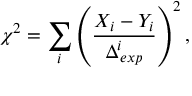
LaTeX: \chi ^ { 2 } = \sum _ { i } \left( \frac { X _ { i } - Y _ { i } } { \Delta _ { e x p } ^ { i } } \right) ^ { 2 } ,